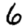
Digit: 6